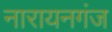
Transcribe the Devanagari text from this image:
नारायनगंज